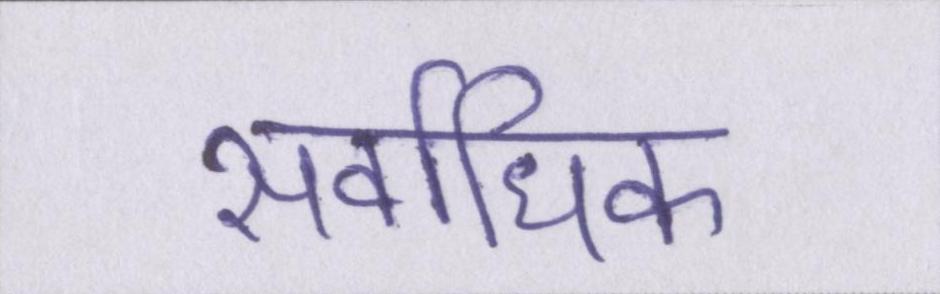
सर्वाधिक